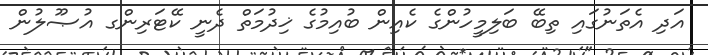
އަދި އެތަނުގައި ތިބޭ ބަލިމީހުންގެ ކެއިން ބުއިމުގެ ޚިދުމަތް ދެނީ ކޭޓަރިންގ އުޞޫލުން